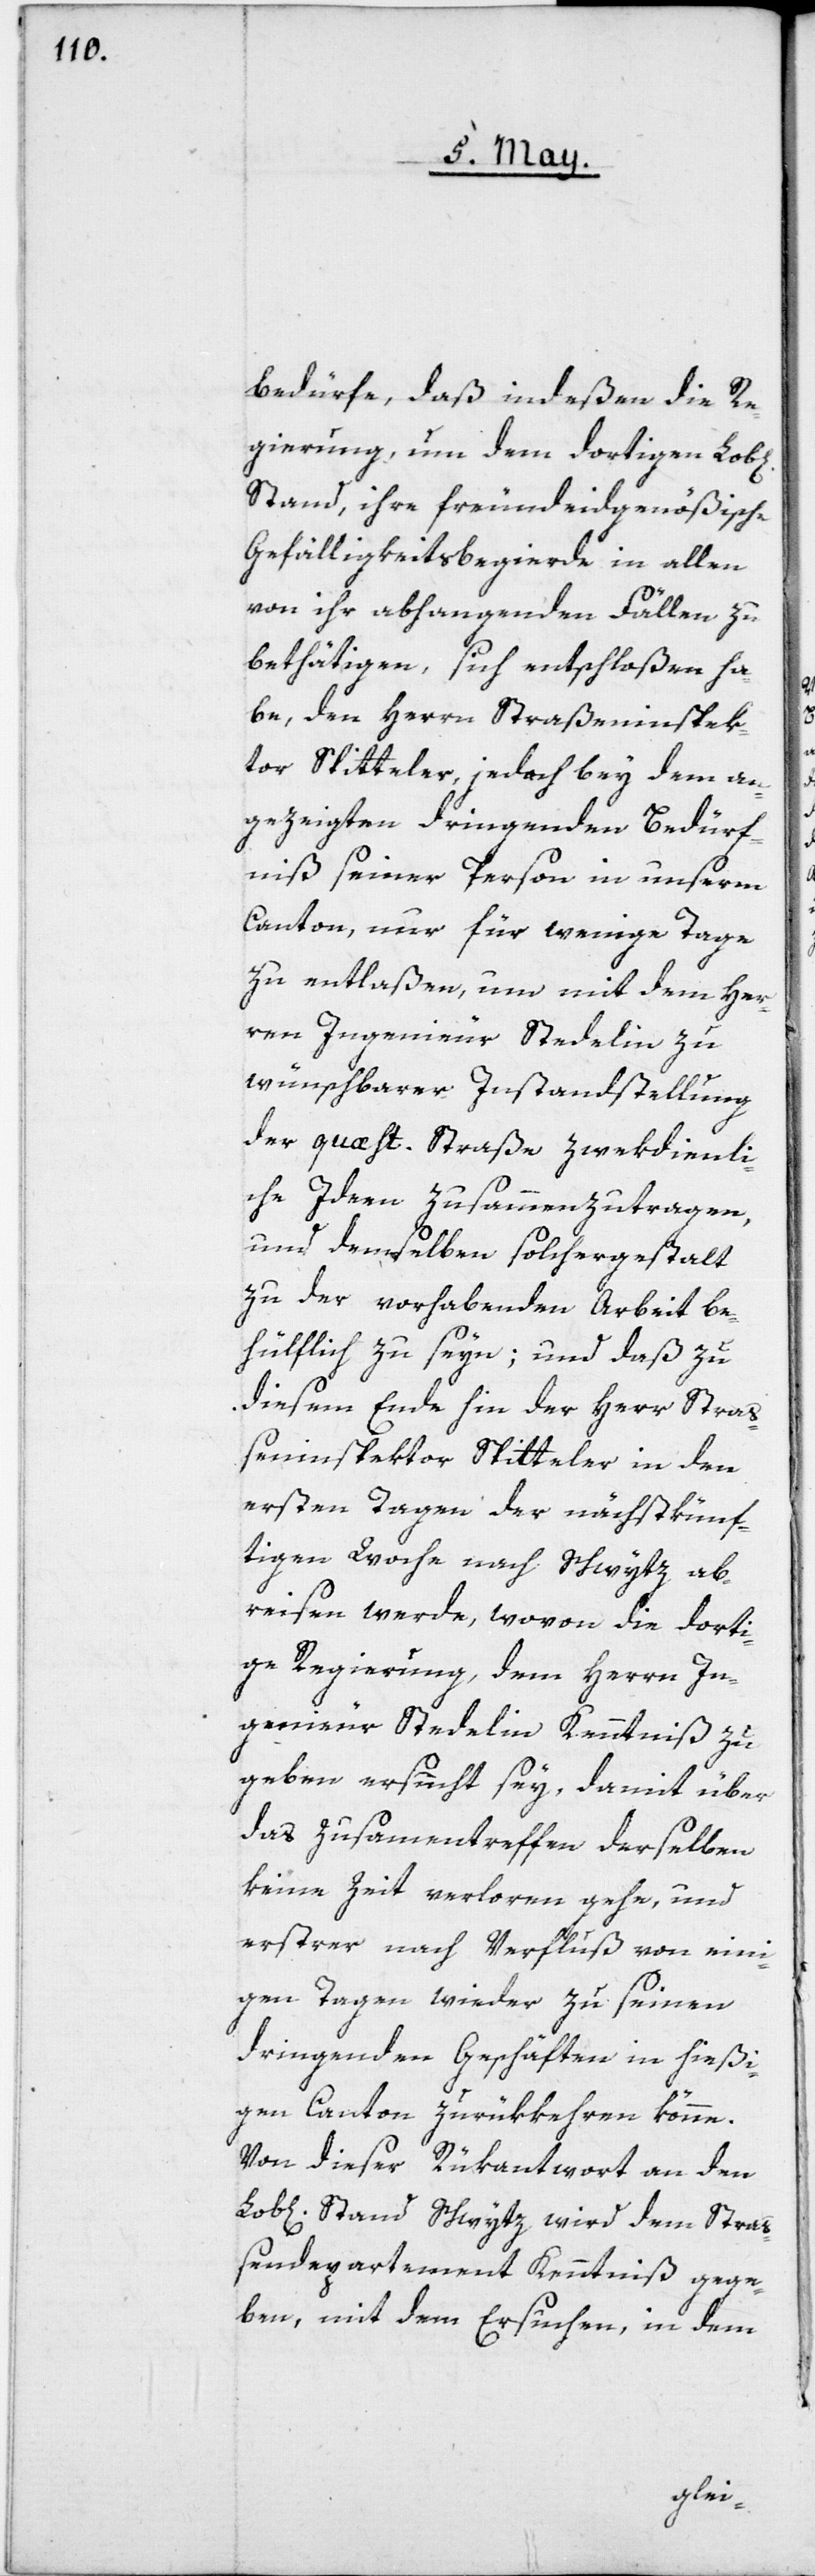
bedürfe, daß indeßen die Re¬
gierung, um den dortigen Lob[l¬
Stand, ihre freundeidgenößische
Gefälligkeitsbegierde in allen
von ihr abhangenden Fällen zu
bethätigen, sich entschloßen ha¬
be, den Herrn Straßeninspek¬
tor Spitteler, jedoch bey dem an¬
gezeigten dringenden Bedürf¬
niß seiner Person in unserm
Canton, nur für wenige Tage
zu entlaßen, um mit dem Her¬
ren Ingenieur Stedelin zu
wünschbarer Instandstellung
der quæst. Straße zwekdienli¬
che Ideen zusammenzutragen,
und denselben solchergestalt
zu der vorhabenden Arbeit be¬
hülflich zu seyn; und daß zu
diesem Ende hin der Herr Straß¬
eninspektor Spitteler in den
ersten Tagen der nächstkünf¬
tigen Woche nach Schwytz ab¬
reisen werde, wovon die dorti¬
ge Regierung, dem Herrn In¬
genieur Stedelin Kenntniß zu
geben ersucht sey, damit über
das Zusammentreffen derselben
keine Zeit verloren gehe, und
erstrer nach Verfluß von eini¬
gen Tagen wieder zu seinen
dringenden Geschäften in hießi¬
gen Canton zurükkehren könne.
Von dieser Rükantwort an den
Stand Schwytz wird dem Straß¬
endepartement Kenntniß gege¬
ben, mit dem Ersuchen, in dem
ichen]